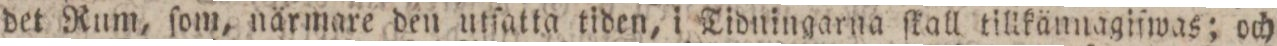
det Rum, ſom, närmare den utſatta tiden, i Tidningarna ſkall tillkännagifwas; och